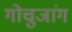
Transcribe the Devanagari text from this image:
गोचुजांग